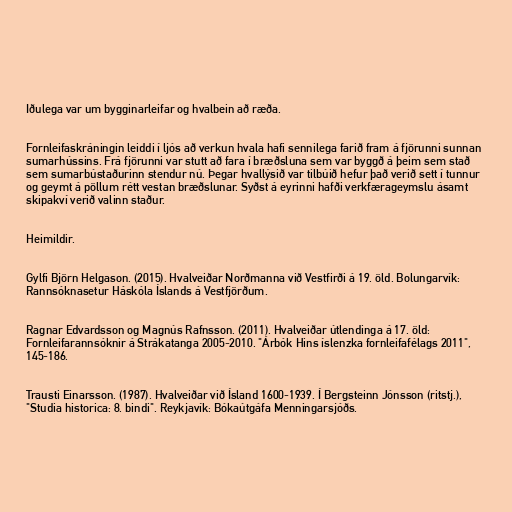
Iðulega var um bygginarleifar og hvalbein að ræða.

Fornleifaskráningin leiddi í ljós að verkun hvala hafi sennilega farið fram á fjörunni sunnan
sumarhússins. Frá fjörunni var stutt að fara í bræðsluna sem var byggð á þeim sem stað
sem sumarbústaðurinn stendur nú. Þegar hvallýsið var tilbúið hefur það verið sett í tunnur
og geymt á pöllum rétt vestan bræðslunar. Syðst á eyrinni hafði verkfærageymslu ásamt
skipakví verið valinn staður.

Heimildir.

Gylfi Björn Helgason. (2015). Hvalveiðar Norðmanna við Vestfirði á 19. öld. Bolungarvík:
Rannsóknasetur Háskóla Íslands á Vestfjörðum.

Ragnar Edvardsson og Magnús Rafnsson. (2011). Hvalveiðar útlendinga á 17. öld:
Fornleifarannsóknir á Strákatanga 2005-2010. "Árbók Hins íslenzka fornleifafélags 2011",
145-186.

Trausti Einarsson. (1987). Hvalveiðar við Ísland 1600-1939. Í Bergsteinn Jónsson (ritstj.),
"Studia historica: 8. bindi". Reykjavík: Bókaútgáfa Menningarsjóðs.